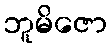
ဘူမိဇော